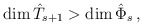
\begin{align*}\textrm{dim}\,\hat{T}_{s+1}>\textrm{dim}\, \hat{\Phi}_{s}\,,\end{align*}